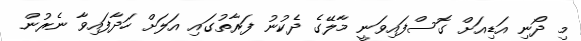
މި ދޯނި އަޑިއަށް ގޮސްފައިވަނީ މާލޭގެ ދެކުނު ފަރާތުގައި އަލަށް ހަދާފައިވާ ނެރުން